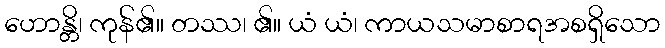
ဟောန္တိ၊ ကုန်၏။ တဿ၊ ၏။ ယံ ယံ၊ ကာယသမာစာရအစရှိသော